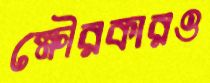
ক্ষৌরকারও